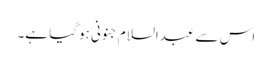
اس سے عبدالسلام جنونی ہوگیا ہے۔